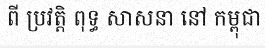
ពី ប្រវត្តិ ពុទ្ធ សាសនា នៅ កម្ពុជា